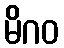
မိဂဝ